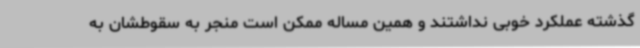
گذشته عملکرد خوبی نداشتند و همین مساله ممکن است منجر به سقوطشان به